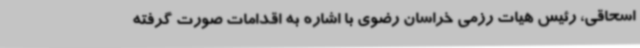
اسحاقی، رئیس هیات رزمی خراسان رضوی با اشاره به اقدامات صورت گرفته